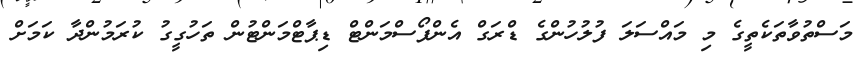
މަސްތުވާތަކެތީގެ މި މައްސަލަ ފުލުހުންގެ ޑްރަގް އެންފޯސްމަންޓް ޑިޕާޓްމަންޓުން ތަހުގީގު ކުރަމުންދާ ކަމަށް